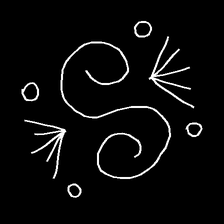
Glyph: aeroform